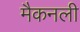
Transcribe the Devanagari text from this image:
मैकनली